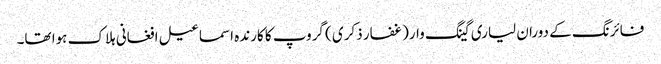
فائرنگ کے دوران لیاری گینگ وار(غفار ذکری ) گروپ کا کارندہ اسماعیل افغانی ہلاک ہوا تھا۔